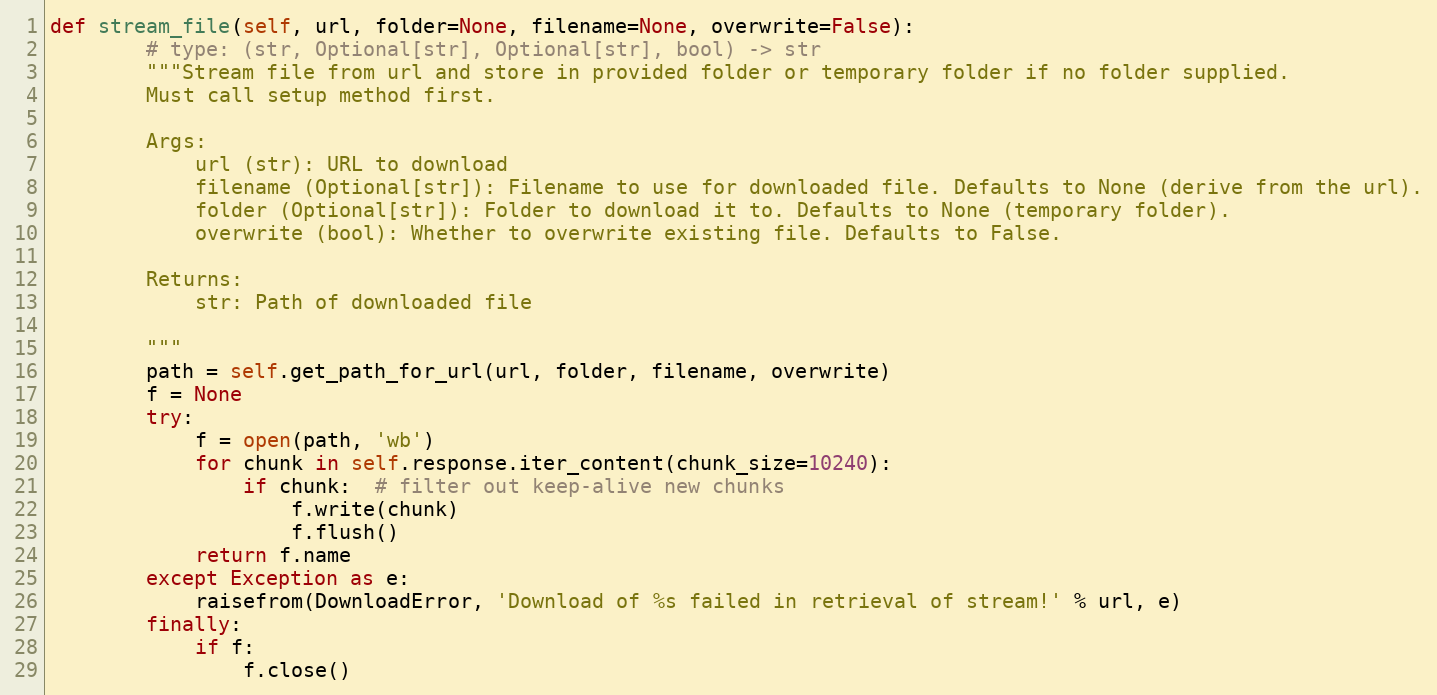
Language: Python
def stream_file(self, url, folder=None, filename=None, overwrite=False):
        # type: (str, Optional[str], Optional[str], bool) -> str
        """Stream file from url and store in provided folder or temporary folder if no folder supplied.
        Must call setup method first.

        Args:
            url (str): URL to download
            filename (Optional[str]): Filename to use for downloaded file. Defaults to None (derive from the url).
            folder (Optional[str]): Folder to download it to. Defaults to None (temporary folder).
            overwrite (bool): Whether to overwrite existing file. Defaults to False.

        Returns:
            str: Path of downloaded file

        """
        path = self.get_path_for_url(url, folder, filename, overwrite)
        f = None
        try:
            f = open(path, 'wb')
            for chunk in self.response.iter_content(chunk_size=10240):
                if chunk:  # filter out keep-alive new chunks
                    f.write(chunk)
                    f.flush()
            return f.name
        except Exception as e:
            raisefrom(DownloadError, 'Download of %s failed in retrieval of stream!' % url, e)
        finally:
            if f:
                f.close()